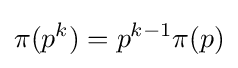
\pi (p^{k})=p^{k-1}\pi (p)